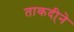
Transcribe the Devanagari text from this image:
ताकदी्ने